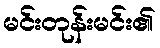
မင်းတုန်းမင်း၏